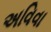
અવિવા